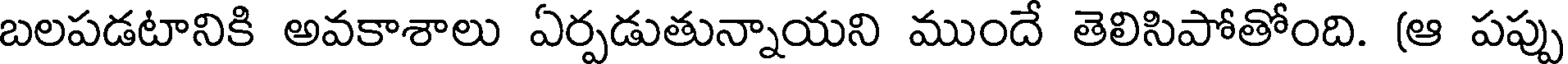
బలపడటానికి అవకాశాలు ఏర్పడుతున్నాయని ముందే తెలిసిపోతోంది. (ఆ పప్పు